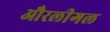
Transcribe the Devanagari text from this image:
औरलीगल